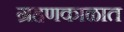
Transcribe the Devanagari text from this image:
ग्रहणकाळात